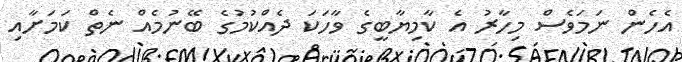
އެހެން ނަމަވެސް މިހާރު އެ ކާމިޔާބީގެ ވާހަކަ ދެއްކުމުގެ ބޭނުމެއް ނެތް ކަމަށާއި